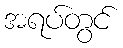
အရပ်တွင်